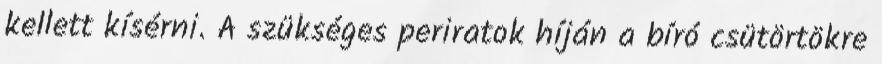
kellett kísérni. A szükséges periratok híján a bíró csütörtökre